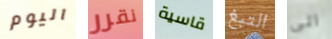
اليوم نقرر قاسية التبغ الى